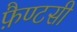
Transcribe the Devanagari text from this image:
फ़ैण्टसी